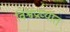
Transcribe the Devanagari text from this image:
विश्वप्रख्यात